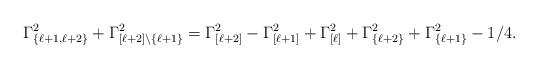
LaTeX: \begin{align*}\Gamma_{\{\ell+1,\ell+2\}}^{2}+\Gamma_{[\ell+2]\setminus \{\ell+1\}}^2=\Gamma_{[\ell+2]}^2-\Gamma_{[\ell+1]}^2+\Gamma_{[\ell]}^2+\Gamma_{\{\ell+2\}}^2+\Gamma_{\{\ell+1\}}^2-1/4.\end{align*}